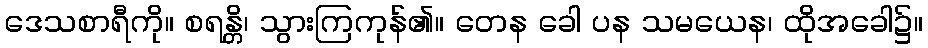
ဒေသစာရီကို။ စရန္တိ၊ သွားကြကုန်၏။ တေန ခေါ ပန သမယေန၊ ထိုအခေါ၌။